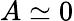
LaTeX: A\simeq 0